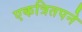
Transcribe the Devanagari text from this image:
एकत्रितपने